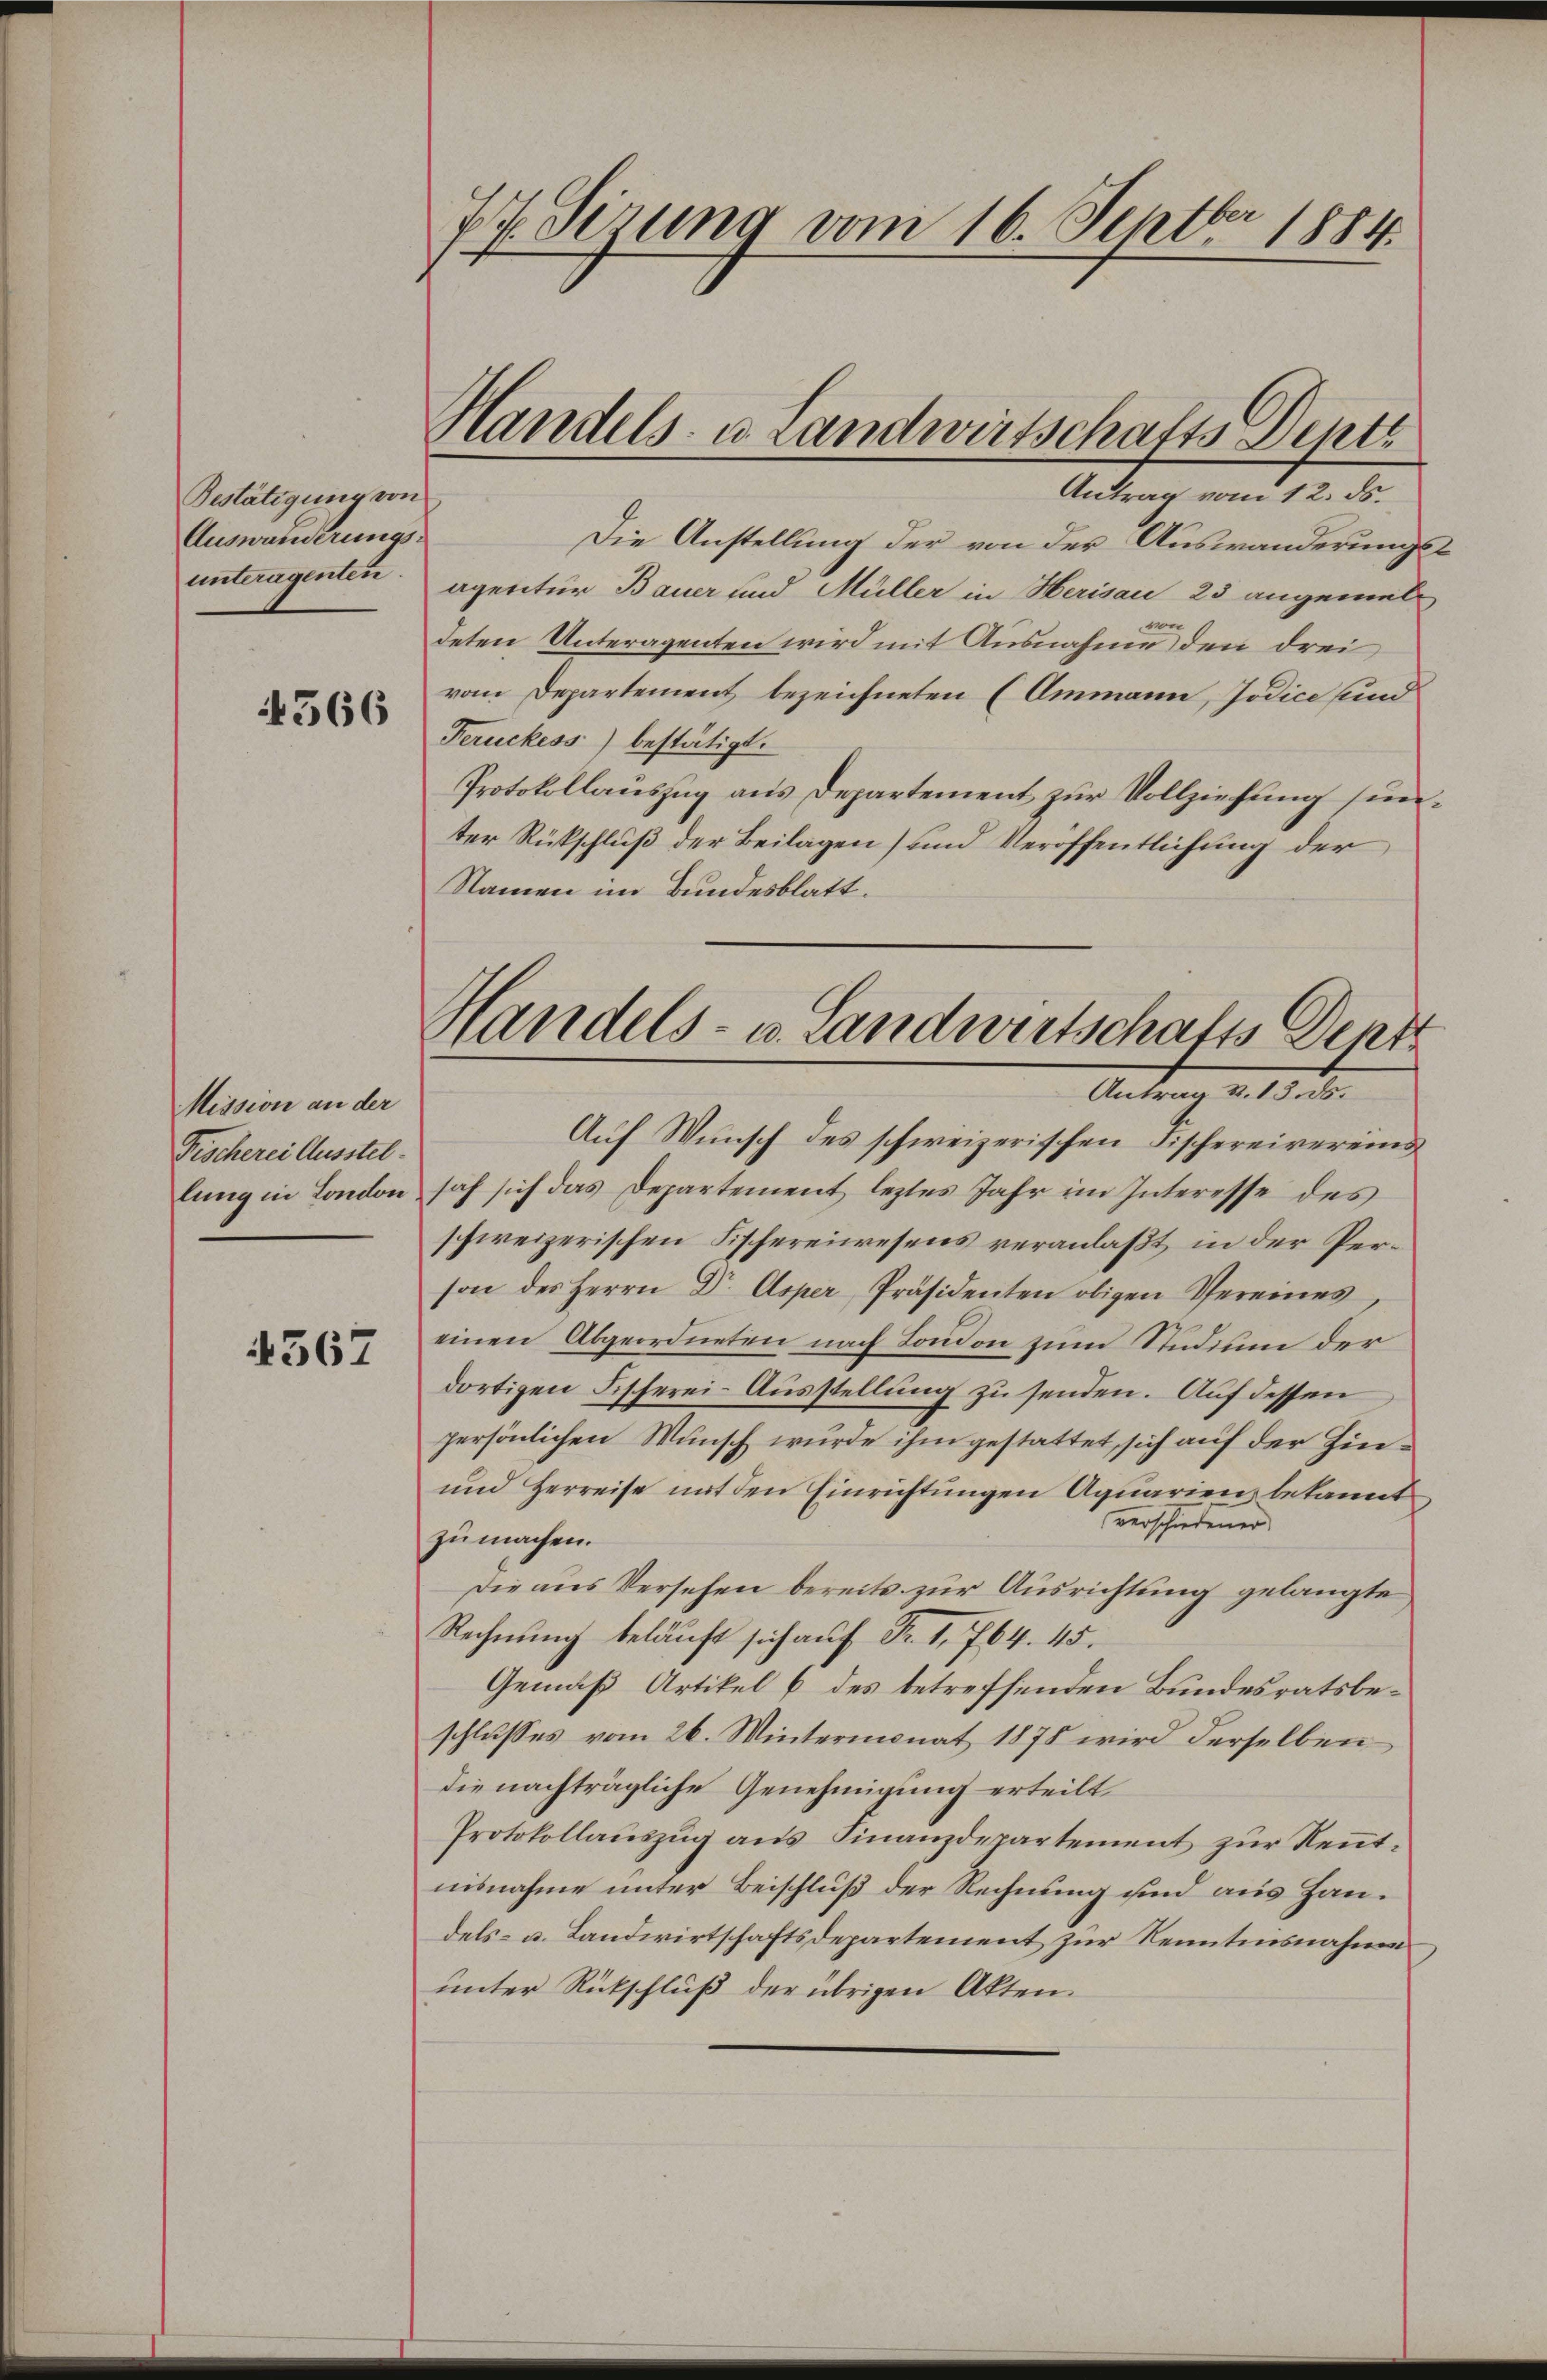
Bestätigung von
Auswanderungs-
unteragenten.

4566

Mission an der
Fischerei Ausstel
lung in London

4367

Edirung vom 16. Septbr 1884

Handels- u Landwirtschafts Deuts
Antrag vom 12. ds.

Die Anstellung der von der Auswanderungs
agentur Bauer und Müller in Herisau 23 angemel-
deten Unteragenten wird mit Ausnahme den drei
vom Departement bezeichneten (Ommann, Jodice und
Feruckess) bestätigt.
Protokollauszug aus Departement zur Vollziehung (unter Rückschluß der Beilagen) und Veröffentlichung der
Namen im Bundesblatt.
Auf Wunsch des schweizerischen Fischereivereins
sah sich das Departement leztes Jahr im Interesse des
schweizerischen Fischereiwesens veranlaßt, in der Person des Herrn Dr. Asper, Präsidenten obigen Vereines
einen Abgeordneten nach London zum Studium der
dortigen Fischerei- Ausstellung zu senden. Auf dessen
persönlichen Wunsch wurde ihm gestattet, sich auf der Zin¬
und Herreise mit den Einrichtungen Aquarien bekannt
verschiedener
zumachen.
Die aus Versehen bereits zur Ausrichtung gelangte
Re.445.
Gemäß Artikel 6 des betreffenden Bundesratsbeschlusses vom 26. Wintermonat 1878 wird derselben
die nachträgliche Genehmigung erteilt
Protokollauszug aus Finanzdepartement zur Kenntnisnahme unter Beischluß der Rechnung und aus Handels- u. Landwirtschaftsdepartement zur Kenntnisnahme
unter Rückschluß der übrigen Akten.

Handels- u. Landwirtschafts Dent
Antrag v. 18. d.